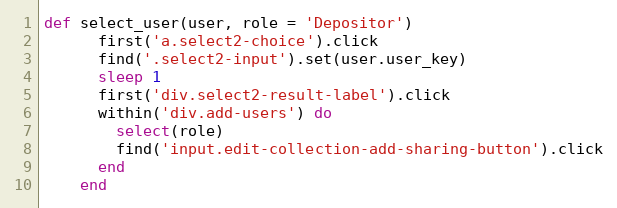
Language: Ruby
def select_user(user, role = 'Depositor')
      first('a.select2-choice').click
      find('.select2-input').set(user.user_key)
      sleep 1
      first('div.select2-result-label').click
      within('div.add-users') do
        select(role)
        find('input.edit-collection-add-sharing-button').click
      end
    end